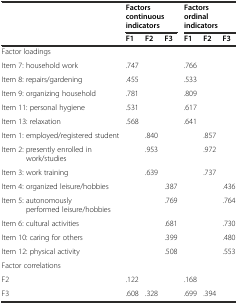
<table><thead><tr><td></td><td colspan="3"><b>Factors continuous indicators</b></td><td colspan="3"><b>Factors ordinal indicators</b></td></tr><tr><td></td><td><b>F1</b></td><td><b>F2</b></td><td><b>F3</b></td><td><b>F1</b></td><td><b>F2</b></td><td><b>F3</b></td></tr></thead><tbody><tr><td>Factor loadings</td><td></td><td></td><td></td><td></td><td></td><td></td></tr><tr><td>Item 7: household work</td><td>.747</td><td></td><td></td><td>.766</td><td></td><td></td></tr><tr><td>Item 8: repairs/gardening</td><td>.455</td><td></td><td></td><td>.533</td><td></td><td></td></tr><tr><td>Item 9: organizing household</td><td>.781</td><td></td><td></td><td>.809</td><td></td><td></td></tr><tr><td>Item 11: personal hygiene</td><td>.531</td><td></td><td></td><td>.617</td><td></td><td></td></tr><tr><td>Item 13: relaxation</td><td>.568</td><td></td><td></td><td>.641</td><td></td><td></td></tr><tr><td>Item 1: employed/registered student</td><td></td><td>.840</td><td></td><td></td><td>.857</td><td></td></tr><tr><td>Item 2: presently enrolled in work/studies</td><td></td><td>.953</td><td></td><td></td><td>.972</td><td></td></tr><tr><td>Item 3: work training</td><td></td><td>.639</td><td></td><td></td><td>.737</td><td></td></tr><tr><td>Item 4: organized leisure/hobbies</td><td></td><td></td><td>.387</td><td></td><td></td><td>.436</td></tr><tr><td>Item 5: autonomously performed leisure/hobbies</td><td></td><td></td><td>.769</td><td></td><td></td><td>.764</td></tr><tr><td>Item 6: cultural activities</td><td></td><td></td><td>.681</td><td></td><td></td><td>.730</td></tr><tr><td>Item 10: caring for others</td><td></td><td></td><td>.399</td><td></td><td></td><td>.480</td></tr><tr><td>Item 12: physical activity</td><td></td><td></td><td>.508</td><td></td><td></td><td>.553</td></tr><tr><td>Factor correlations</td><td></td><td></td><td></td><td></td><td></td><td></td></tr><tr><td>F2</td><td>.122</td><td></td><td></td><td>.168</td><td></td><td></td></tr><tr><td>F3</td><td>.608</td><td>.328</td><td></td><td>.699</td><td>.394</td><td></td></tr></tbody></table>